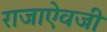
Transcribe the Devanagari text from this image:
राजाएेवजी